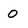
Character: o